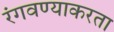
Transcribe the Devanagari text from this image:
रंगवण्याकरता